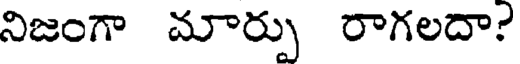
నిజంగా మార్పు రాగలదా?